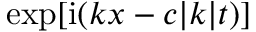
\exp [ \mathrm { i } ( k x - c | k | t ) ]